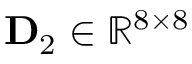
\mathbf { D } _ { 2 } \in \mathbb { R } ^ { 8 \times 8 }